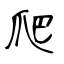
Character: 爬